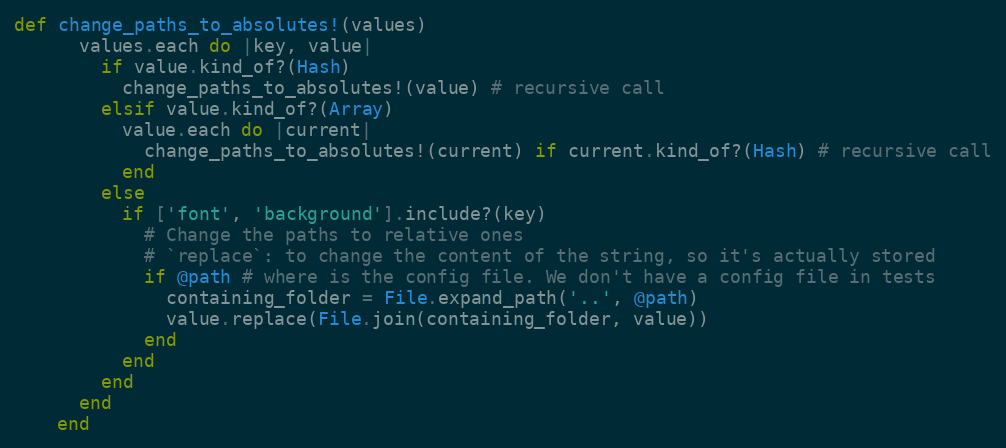
Language: Ruby
def change_paths_to_absolutes!(values)
      values.each do |key, value|
        if value.kind_of?(Hash)
          change_paths_to_absolutes!(value) # recursive call
        elsif value.kind_of?(Array)
          value.each do |current|
            change_paths_to_absolutes!(current) if current.kind_of?(Hash) # recursive call
          end
        else
          if ['font', 'background'].include?(key)
            # Change the paths to relative ones
            # `replace`: to change the content of the string, so it's actually stored
            if @path # where is the config file. We don't have a config file in tests
              containing_folder = File.expand_path('..', @path)
              value.replace(File.join(containing_folder, value))
            end
          end
        end
      end
    end